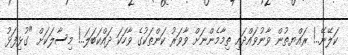
ކަލޭނޭ..! ރައްޔތުން ވާނުވައްދައި ތިމާމެންނަށް ވާވަރު ކަންތަކުގެ ވާހަކަ ދައްކަބަލަ..! މިސާލަކަށް "ގުޅިފަޅު